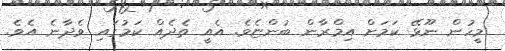
މީހުން ނޫޅޭ ކަމަށް އިމްރާން ބުންޏެވެ. އެއީ ތެދެއް ކަމުގައި ވެދާނެ އެވެ.